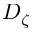
D _ { \zeta }